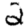
Digit: 2